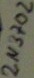
Text: 2N3702